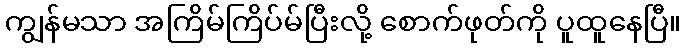
ကျွန်မသာ အကြိမ်ကြိပ်မ်ပြီးလို့ စောက်ဖုတ်ကို ပူထူနေပြီ။